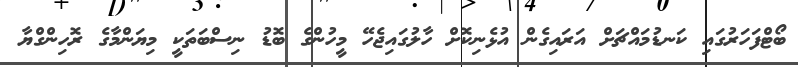
ބޯޓްފަހަރުގައި ކަނޑުމައްޗަށް އަރައިގެން އުޅެނިކޮށް ހާލުގައިޖެހޭ މީހުންގެ ބޮޑު ނިސްބަތަކީ މިޔަންމާގެ ރޮހިންގްޔާ